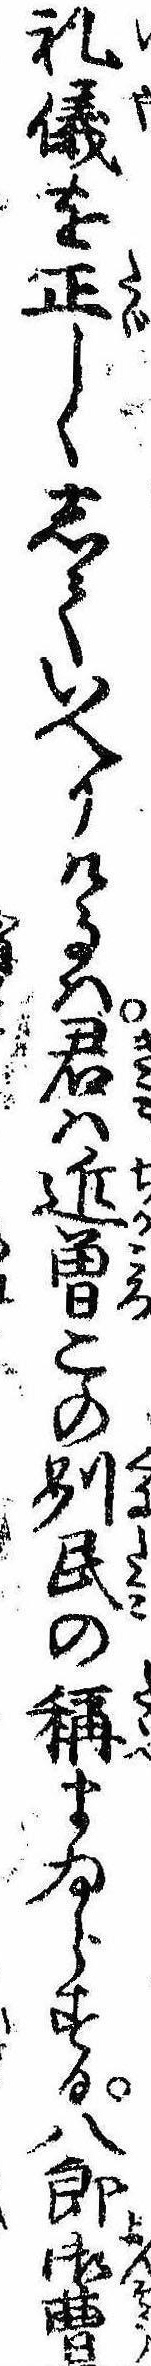
礼儀を正しくしていへりけるは君は近曽この州民の称まゐらする八郎御曹